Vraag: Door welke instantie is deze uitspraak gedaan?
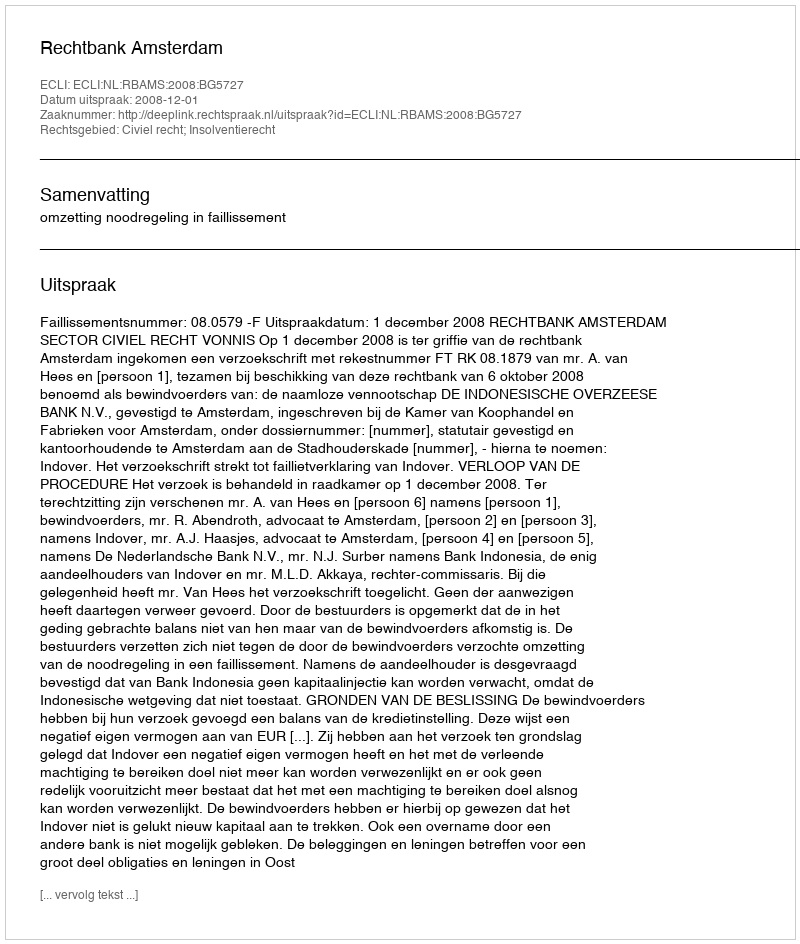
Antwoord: Rechtbank Amsterdam